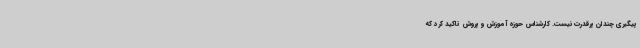
پیگیری چندان پرقدرت نیست. کارشناس حوزه آموزش و پروش تاکید کرد که